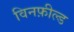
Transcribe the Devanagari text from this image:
विनफ़ील्ड